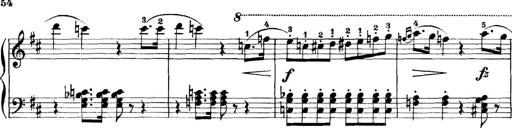
Title: 11 Sonatinas
Composer: Anton Diabelli